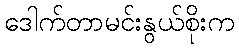
ဒေါက်တာမင်းနွယ်စိုးက